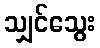
သျှင်သွေး